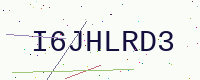
Text: I6JHLRD3